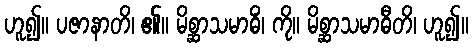
ဟူ၍။ ပဇာနာတိ၊ ၏။ မိစ္ဆာသမာဓိံ၊ ကို။ မိစ္ဆာသမာဓီတိ၊ ဟူ၍။